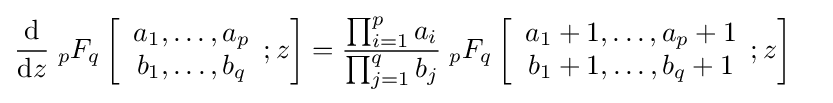
{\begin{aligned}{\frac {\rm {d}}{{\rm {d}}z}}\;{}_{p}F_{q}\left[{\begin{array}{c}a_{1},\dots ,a_{p}\\b_{1},\dots ,b_{q}\end{array}};z\right]&={\frac {\prod _{i=1}^{p}a_{i}}{\prod _{j=1}^{q}b_{j}}}\;{}_{p}F_{q}\left[{\begin{array}{c}a_{1}+1,\dots ,a_{p}+1\\b_{1}+1,\dots ,b_{q}+1\end{array}};z\right]\end{aligned}}